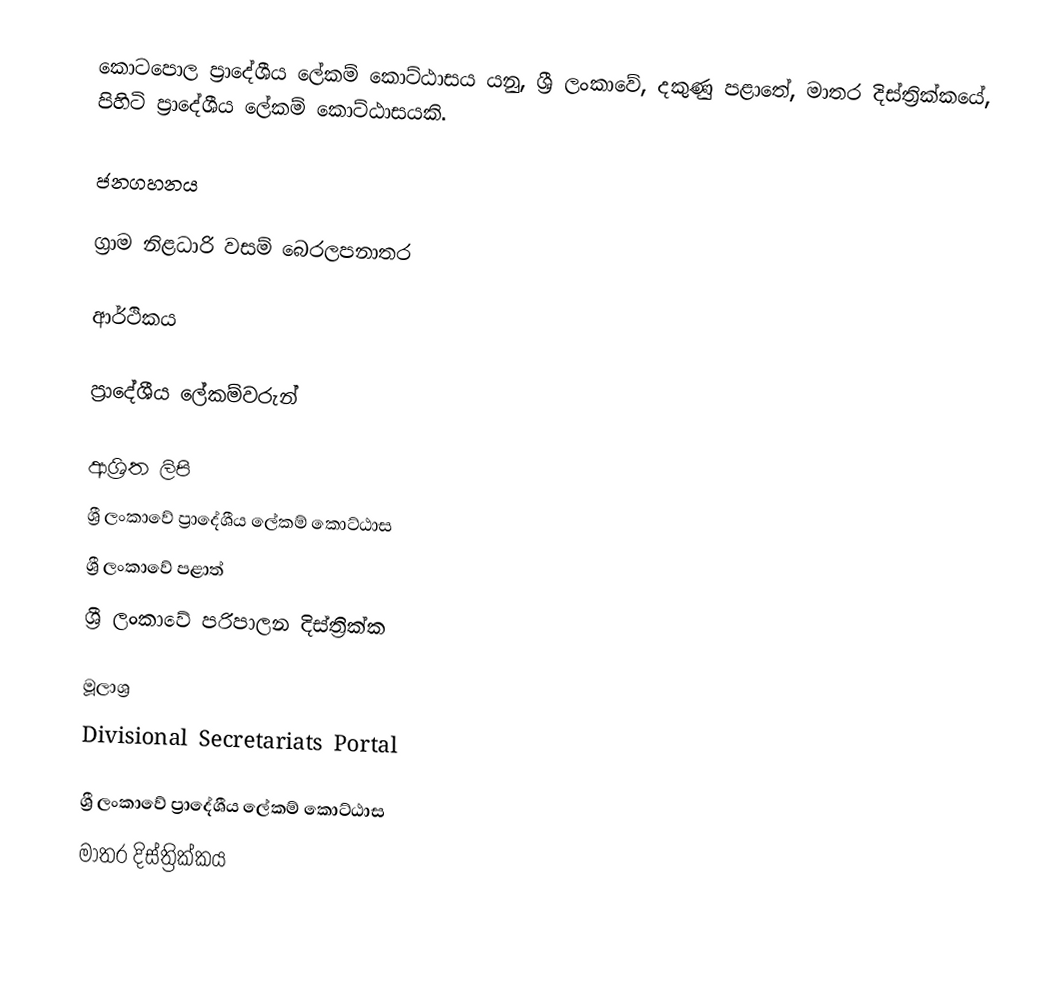
කොටපොල ප්‍රාදේශීය ලේකම් කොට්ඨාසය යනු,  ශ්‍රී ලංකාවේ, දකුණු පළාතේ,   මාතර දිස්ත්‍රික්කයේ, පිහිටි ප්‍රාදේශීය ලේකම් කොට්ඨාසයකි.

ජනගහනය

ග්‍රාම නිළධාරි වසම් බෙරලපනාතර

ආර්ථිකය

ප්‍රාදේශීය ලේකම්වරුන්

ආශ්‍රිත ලිපි
ශ්‍රී ලංකාවේ ප්‍රාදේශීය ලේකම් කොට්ඨාස
ශ්‍රී ලංකාවේ පළාත්
ශ්‍රී ලංකාවේ පරිපාලන දිස්ත්‍රික්ක

මූලාශ්‍ර
 Divisional Secretariats Portal

ශ්‍රී ලංකාවේ ප්‍රාදේශීය ලේකම් කොට්ඨාස
මාතර දිස්ත්‍රික්කය